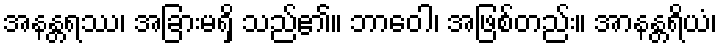
အနန္တရဿ၊ အခြားမရှိ သည်၏။ ဘာဝေါ၊ အဖြစ်တည်း။ အာနန္တရိယံ၊